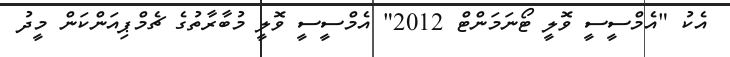
އެކު "އެމްސީސީ ވޮލީ ޓޯނަމަންޓް 2012" އެމްސީސީ ވޮލީ މުބާރާތުގެ ޗެމްޕިއަންކަން މީދު